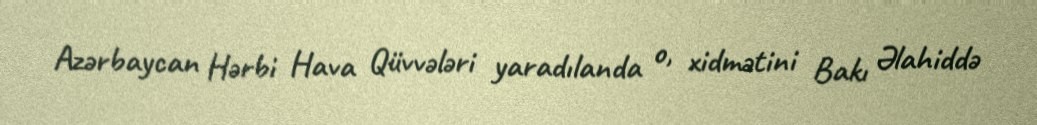
Azərbaycan Hərbi Hava Qüvvələri yaradılanda o, xidmətini Bakı Əlahiddə